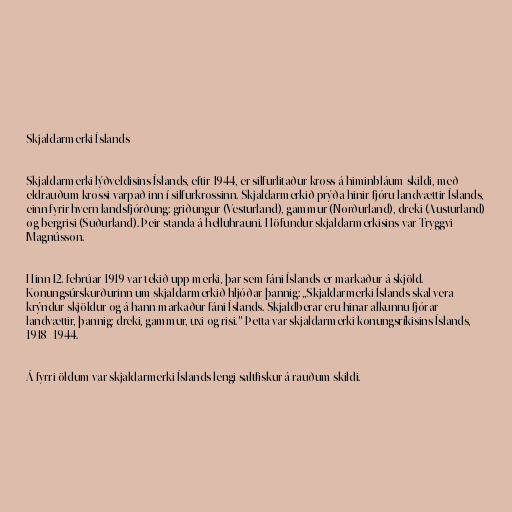
Skjaldarmerki Íslands

Skjaldarmerki lýðveldisins Íslands, eftir 1944, er silfurlitaður kross á himinbláum skildi, með
eldrauðum krossi varpað inn í silfurkrossinn. Skjaldarmerkið prýða hinir fjóru landvættir Íslands,
einn fyrir hvern landsfjórðung: griðungur (Vesturland), gammur (Norðurland), dreki (Austurland)
og bergrisi (Suðurland). Þeir standa á helluhrauni. Höfundur skjaldarmerkisins var Tryggvi
Magnússon.

Hinn 12. febrúar 1919 var tekið upp merki, þar sem fáni Íslands er markaður á skjöld.
Konungsúrskurðurinn um skjaldarmerkið hljóðar þannig: „Skjaldarmerki Íslands skal vera
krýndur skjöldur og á hann markaður fáni Íslands. Skjaldberar eru hinar alkunnu fjórar
landvættir, þannig: dreki, gammur, uxi og risi." Þetta var skjaldarmerki konungsríkisins Íslands,
1918–1944.

Á fyrri öldum var skjaldarmerki Íslands lengi saltfiskur á rauðum skildi.